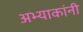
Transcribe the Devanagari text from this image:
अभ्याकांनी